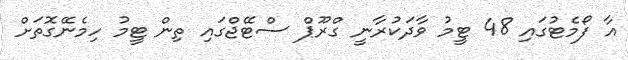
އާ ފޯމެޓުގައި 48 ޓީމު ވާދަކުރާނީ ގްރޫޕް ސްޓޭޖްގައި ތިން ޓީމު ހިމެނޭގޮތަށް